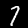
Digit: 7